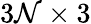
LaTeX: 3\mathcal{N}\times3